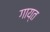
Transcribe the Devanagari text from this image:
गाय्त